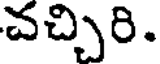
చచ్చిరి.